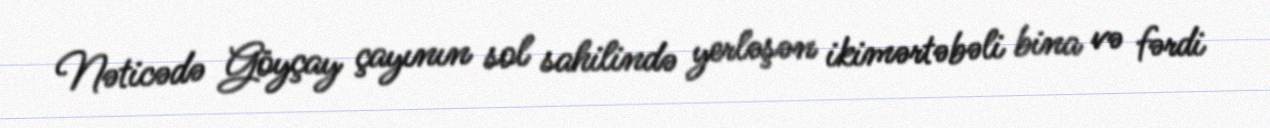
Nəticədə Göyçay çayının sol sahilində yerləşən ikimərtəbəli bina və fərdi